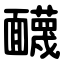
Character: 䩏